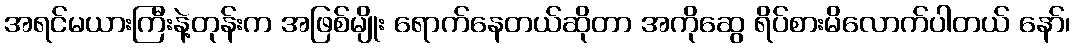
အရင်မယားကြီးနဲ့တုန်းက အဖြစ်မျိုး ရောက်နေတယ်ဆိုတာ အကိုဆွေ ရိပ်စားမိလောက်ပါတယ် နော်၊